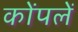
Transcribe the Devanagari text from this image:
कोंपलें